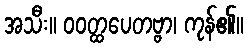
အသီး။ ဝဝတ္ထပေတဗ္ဗာ၊ ကုန်၏။